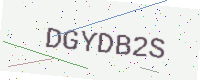
Text: DGYDB2S